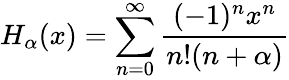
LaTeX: H_{\alpha}(x)=\sum_{n=0}^{\infty}\frac{(-1)^{n}x^{n}}{n!(n+\alpha)}